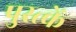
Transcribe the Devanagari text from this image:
पुस्त्कें